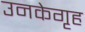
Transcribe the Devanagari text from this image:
उनकेगृह